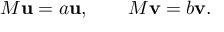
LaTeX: M \mathbf { u } = a \mathbf { u } , \qquad M \mathbf { v } = b \mathbf { v } .